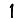
Digit: 1